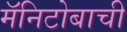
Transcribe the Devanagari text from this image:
मॅनिटोबाची